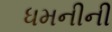
ધમનીની